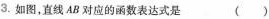
3.如图，直线AB对应的函数表达式是（）